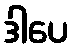
ဒါပေ